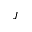
\boldsymbol { J }